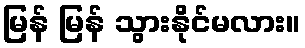
မြန် မြန် သွားနိုင်မလား။